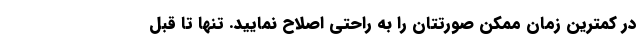
در کمترین زمان ممکن صورتتان را به راحتی اصلاح نمایید. تنها تا قبل